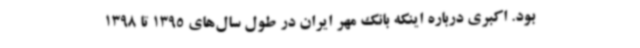
بود. اکبری درباره اینکه بانک مهر ایران در طول سال‌های 1395 تا 1398